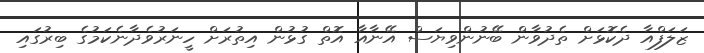
ޒަލަފްއާ ދެކޮޅަށް ތެދުވާން ބޭނުންވިޔަސް އޭނާއާ އޮތް ގުޅުން އިތުރަށް ހީނަރުވެދާނެކަމުގެ ބިރުގައި